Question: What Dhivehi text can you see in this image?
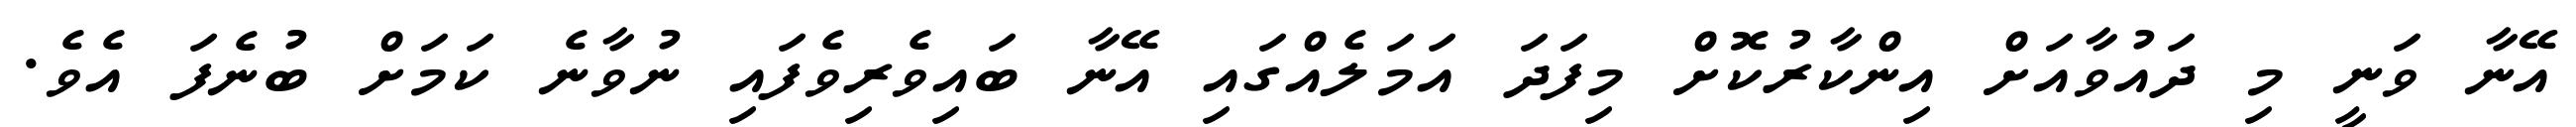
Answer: އޭނާ ވަނީ މި ދައުވާއަށް އިންކާރުކޮށް މިފަދަ އަމަލެއްގައި އޭނާ ބައިވެރިވެފައި ނުވާނެ ކަމަށް ބުނެފަ އެވެ.